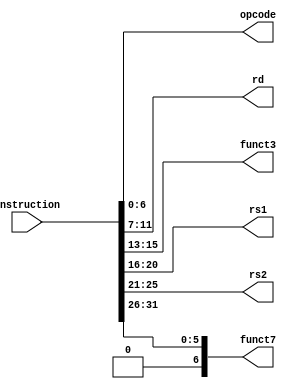
module InstructionParser(
input [31:0]instruction,
output reg [6:0]opcode, output reg [4:0]rd, output reg [2:0]funct3, 
output reg [4:0]rs1, 
output reg [4:0]rs2, output reg [6:0]funct7
);

always @ (instruction)
  begin
    opcode = instruction[6:0];
    rd = instruction[12:7];
    funct3 = instruction[15:13];
    rs1 = instruction[20:16];
    rs2 = instruction[25:21];
    funct7 = instruction[31:26];
  end

endmodule